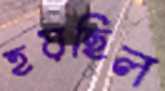
হয়ছিল